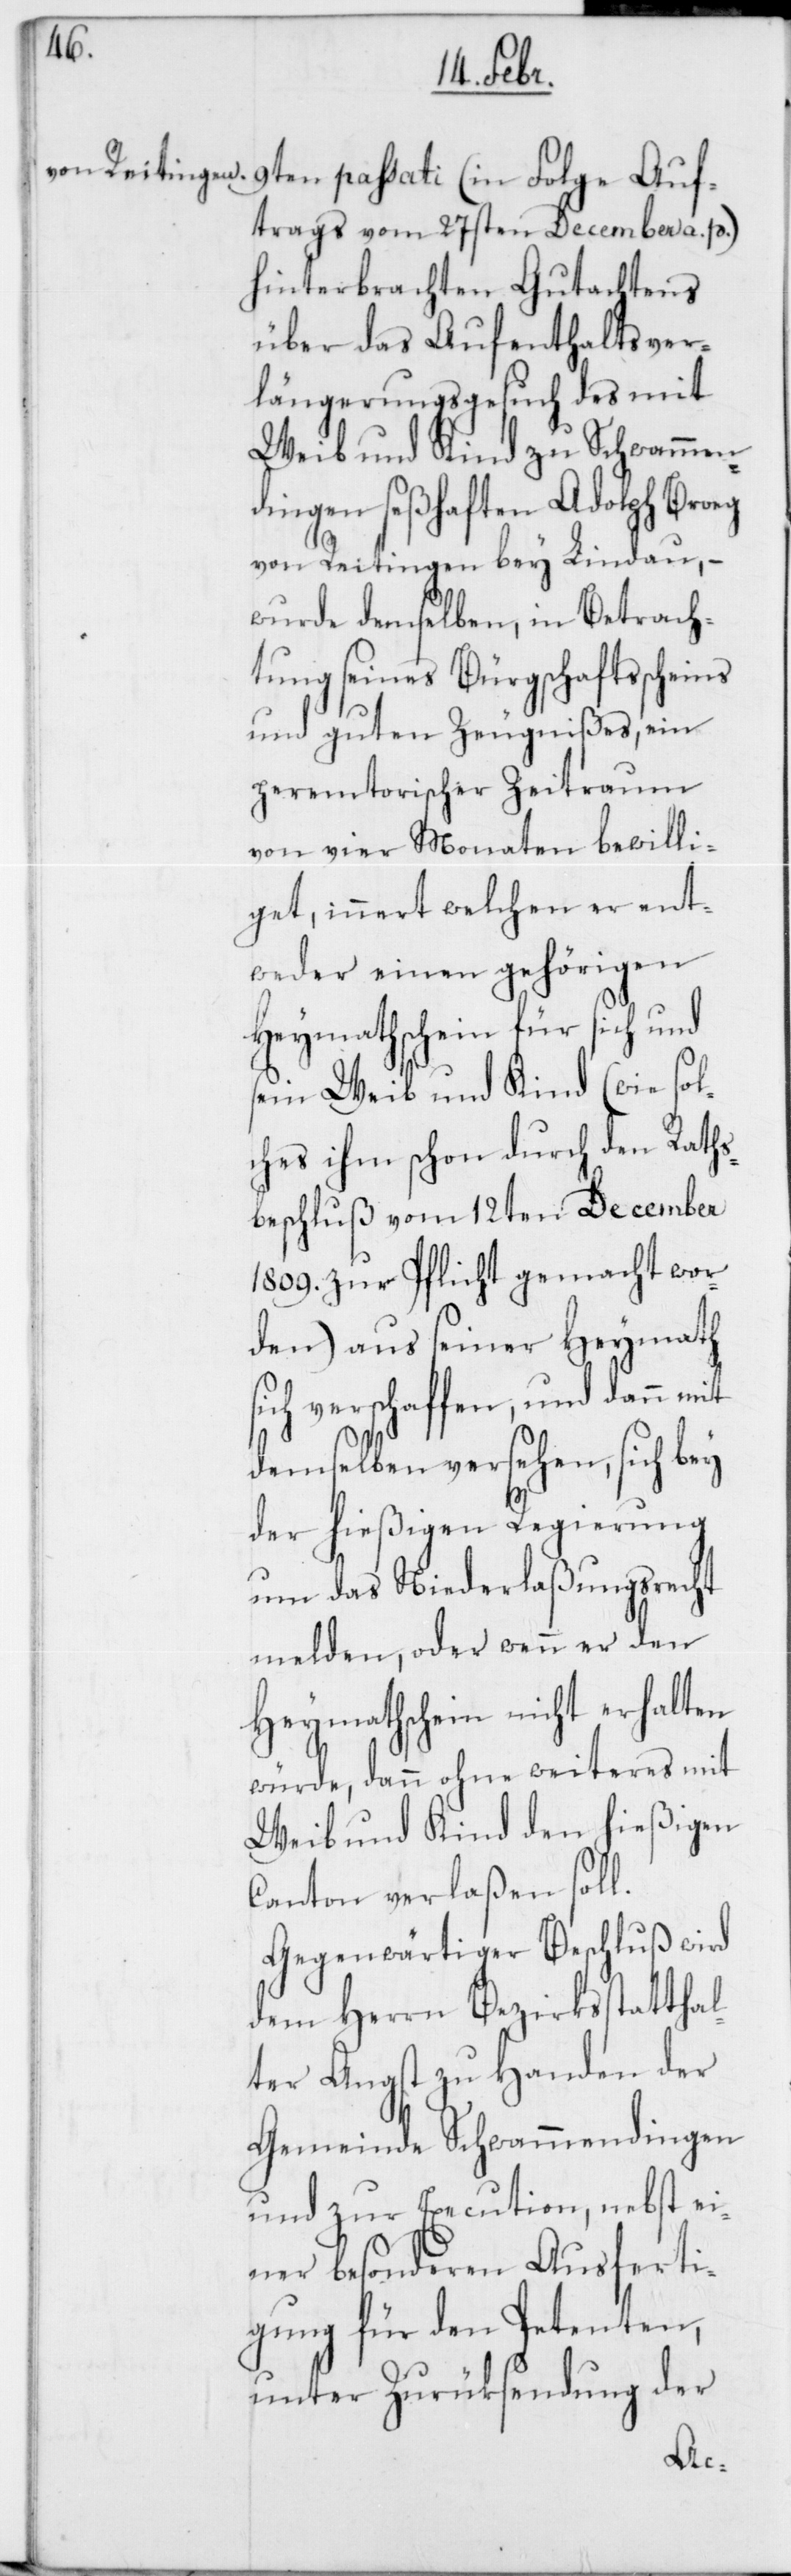
9ten passati (in Folge Auf¬
trags vom 27sten December a. p.)
hinterbrachten Gutachtens
über das Aufenthaltsver¬
längerungsgesuch des mit
Weib und Kind zu Schwammen¬
dingen seßhaften Adolph Broeg
von Reitingen bey Lindau, –
wurde demselben, in Betrach¬
tung seines Bürgschaftsscheins
und guten Zeugnißes, ein
peremtorischer Zeitraum
von vier Monaten bewilli¬
get, innert welchen er ent¬
weder einen gehörigen
Heymathschein für sich und
sein Weib und Kind (wie sol¬
ches ihm schon durch den Raths¬
beschluß vom 12ten December
1809. zur Pflicht gemacht wor¬
den) aus seiner Heymath
sich verschaffen, und dann mit
demselben versehen, sich bey
der hießigen Regierung
um das Niederlaßungsrecht
melden, oder wenn er den
Heymathschein nicht erhalten
würde, dann ohne weiteres mit
Weib und Kind den hießigen
Canton verlaßen soll.
Gegenwärtiger Beschluß wird
dem Herrn Bezirksstatthal¬
ter Angst zu Handen der
Gemeinde Schwammendingen
und zur Execution, nebst ei¬
ner besonderen Ausferti¬
gung für den Petenten,
unter Zurüksendung der